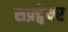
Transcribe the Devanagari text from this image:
सफ़्ट्वेयर